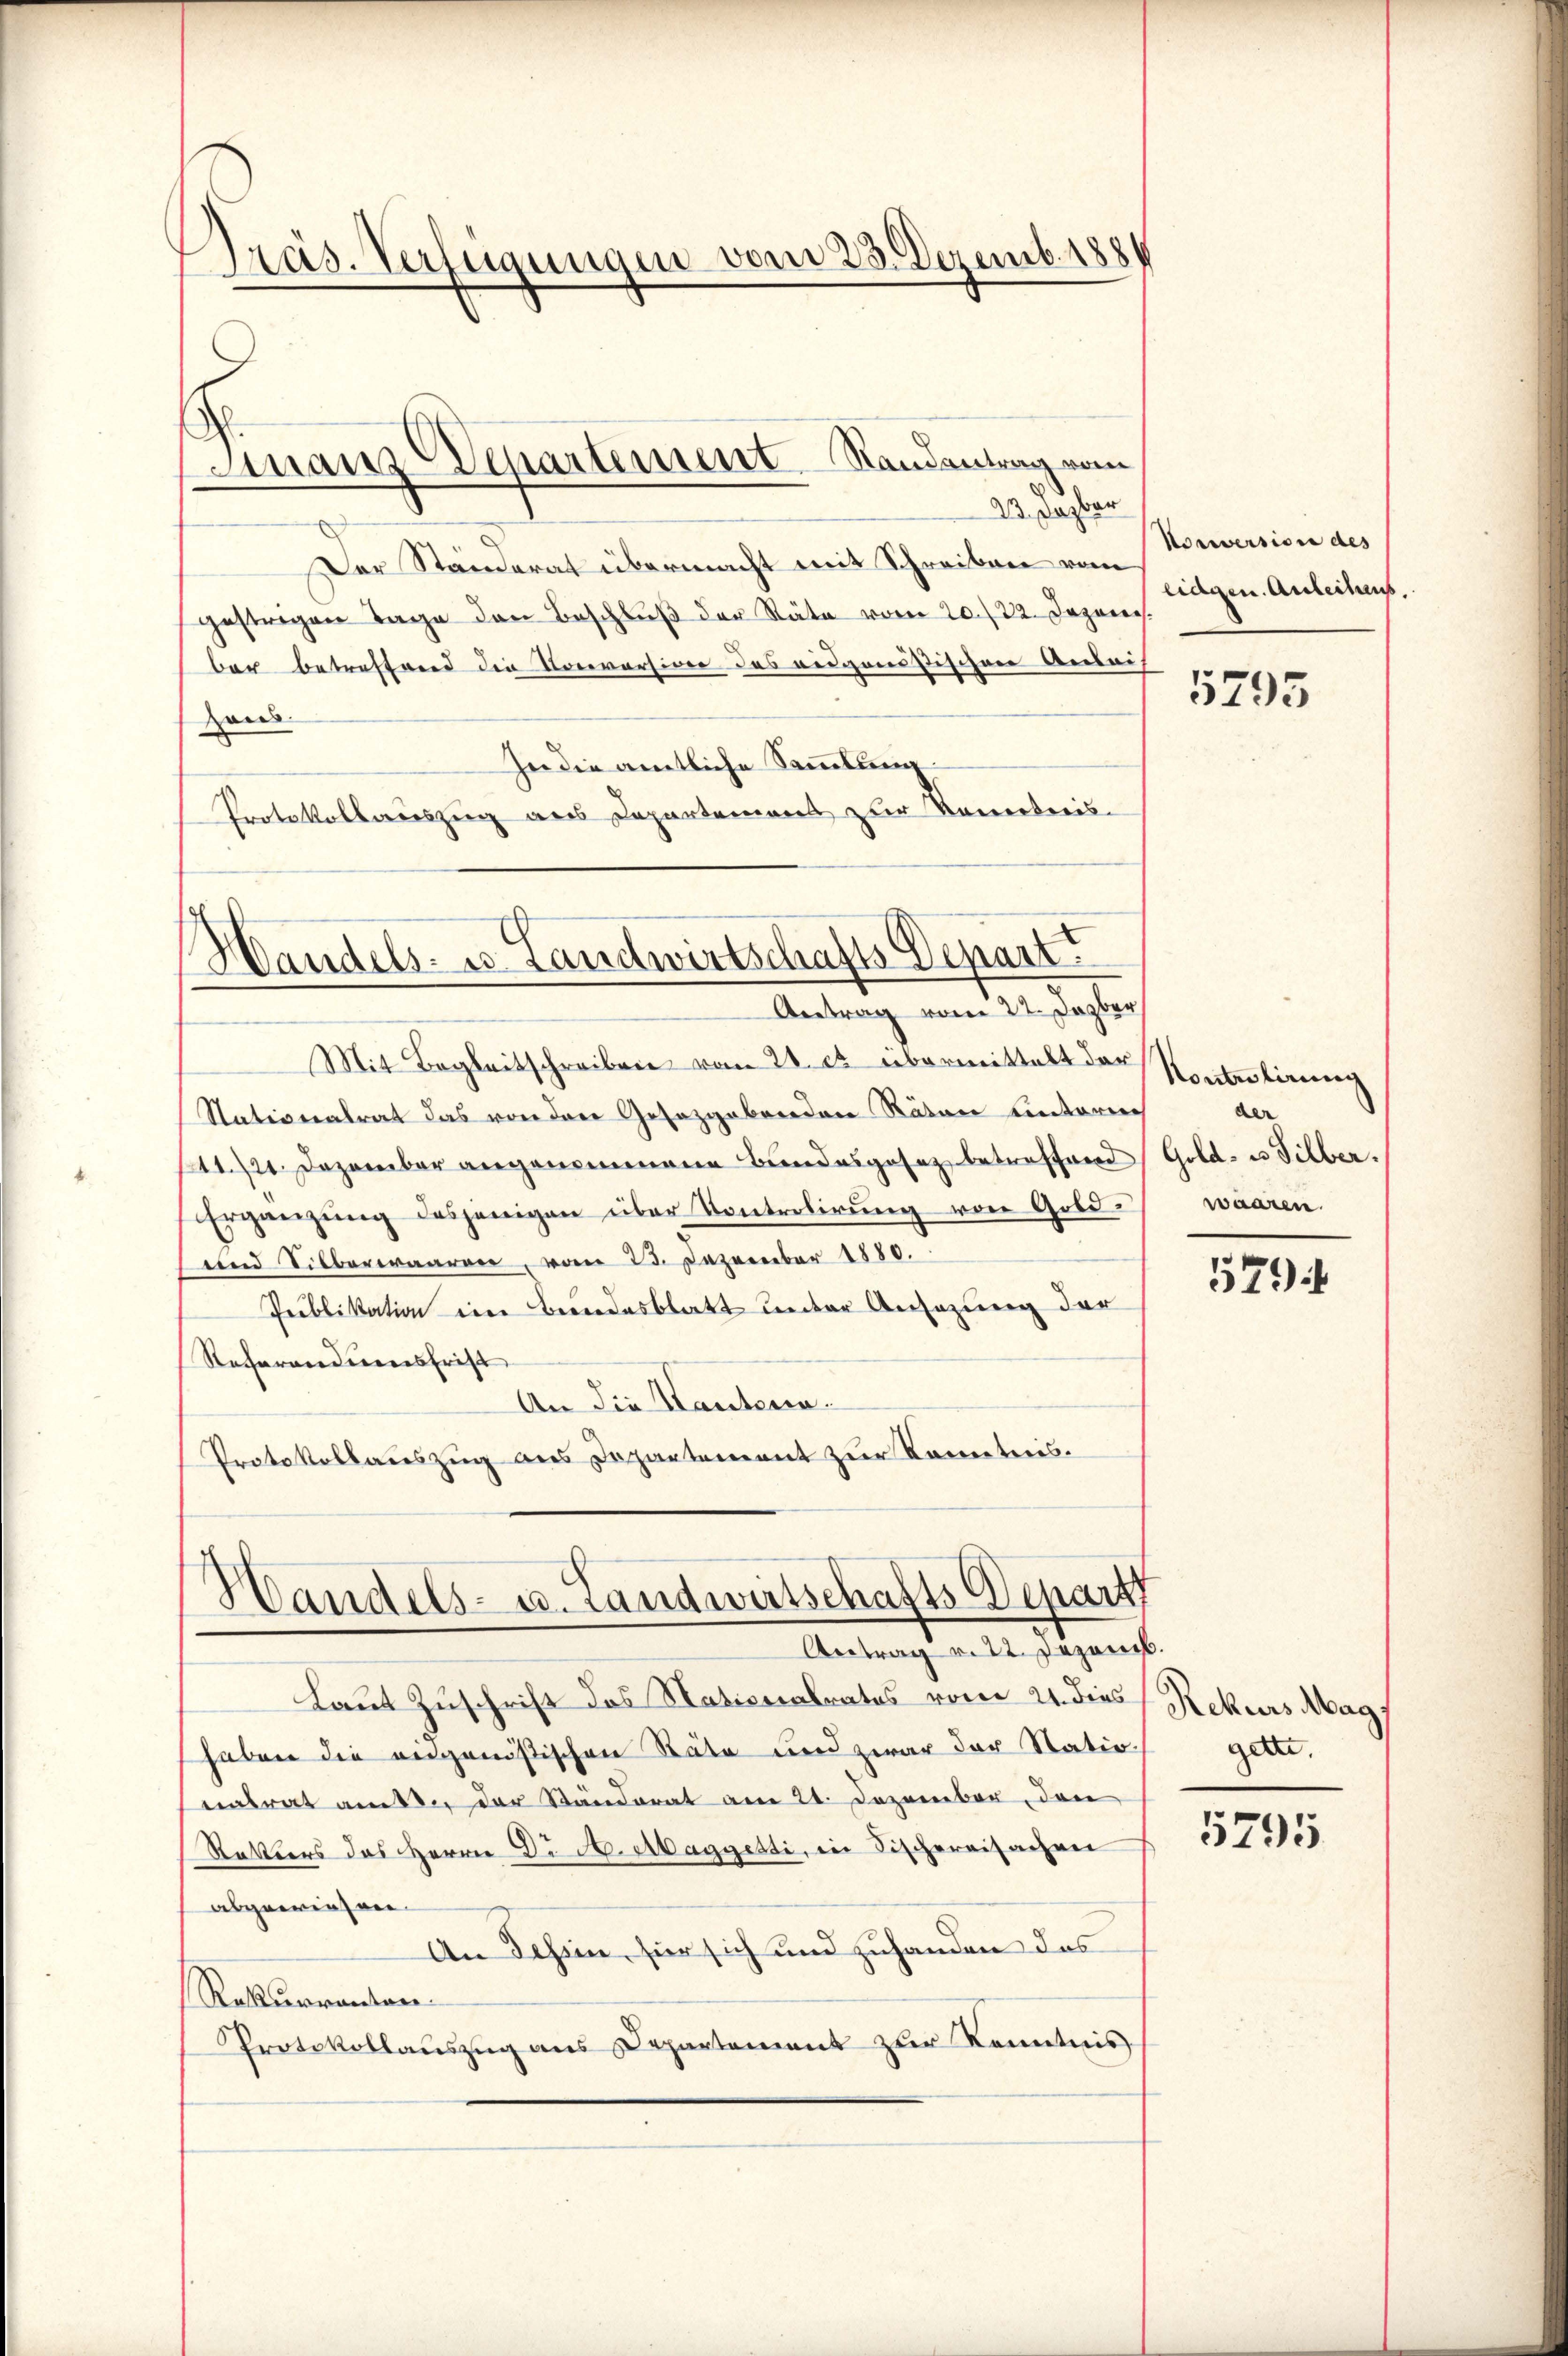
Präs. Verfügungen vom 23. Dezemb. 1888

Finanz Departement Randantrag vom
23. Dazbar

Der Ständerat übermacht mit Schreiben vom
gestrigen Tage den Beschluß der Räte vom 20./22. Jezeren.
bar betreffend die Konversion des eidgensstischen Anleih
Haus
In die amtliche Sammlung:
Protokollauszug aus Departement zur Kontreis¬

Handels- u Landwirtschafts-Depart
Antrag vom 22. Dazber

Mit Begleitschreiben vom 21. ds. übermittelt der
Nativeratrat das von der Gesazgabenden Räten einterrech
11./21. Dezember angenommene Bundesgesetz betreffend Gold- u Silber.
Ergänzung desjenigen über Kontrolirung von Gold¬
und Silberwaaren, vom 23. Dezember 1880.
Publikation ein Bundesblatt unter Ansezung der
Referandiensfrist
An die Kantonia.
Protokollauszug aus Departement zur Kenntnis.

Handels- u. Landwirtschafts Depart
Antrag v. 22. Dezemb.

Laut Zuschrift des Nationalrates vom 21. dies Rekurs Mag
haben die angenössischen Stäte und zwar der Natio
eatrat am der Ständerat am 21. Dezember, den
Rattters des Herrn Dr A. Maggetti, in Fischereisachen
abgewiesen.
An Tessin, für sich und zuhanden das
Rekurrenten.
Protokollauszug aus Departement zur Kenntnis

Nouversion des
eidgen. Anleihans.

5795

Kontrolirung
au
waaren.

579

getet.

5795